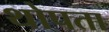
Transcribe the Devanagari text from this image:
थोपता